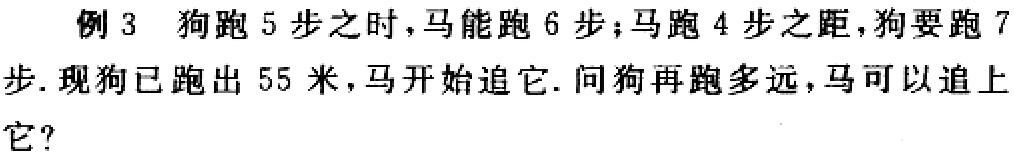
例 3 狗跑 5 步之时，马能跑 6 步；马跑 4 步之距，狗要跑 7 步. 现狗已跑出 55 米，马开始追它. 问狗再跑多远，马可以追上它？